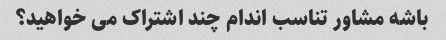
باشه مشاور تناسب اندام چند اشتراک می خواهید؟